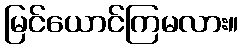
မြင်ယောင်ကြမလား။